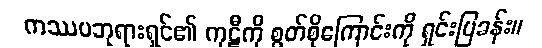
ကဿပဘုရားရှင်၏ ကုဋီကို စွတ်စိုကြောင်းကို ရှင်းပြခန်း။